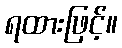
ရထားဖြင့်။